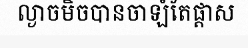
ល្ងាចមិចបានចាឡំតែផ្តាស